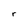
Character: r